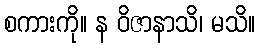
စကားကို။ န ဝိဇာနာသိ၊ မသိ။